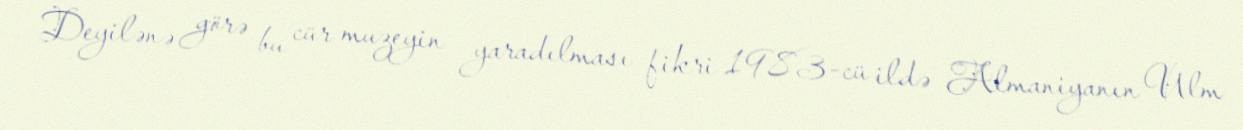
Deyilənə görə bu cür muzeyin yaradılması fikri 1983-cü ildə Almaniyanın Ulm